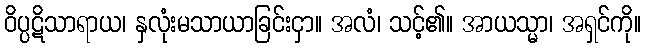
ဝိပ္ပဋိသာရာယ၊ နှလုံးမသာယာခြင်းငှာ။ အလံ၊ သင့်၏။ အာယသ္မာ၊ အရှင်ကို။